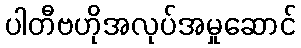
ပါတီဗဟိုအလုပ်အမှုဆောင်